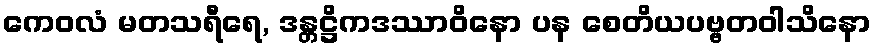
ကေဝလံ မတသရီရေ, ဒန္တဋ္ဌိကဒဿာဝိနော ပန စေတိယပဗ္ဗတဝါသိနော